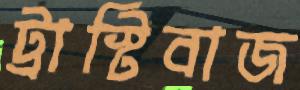
ট্রাস্টিবাজ